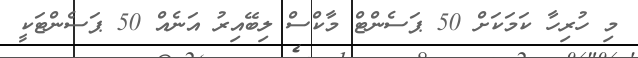
މި ހުރިހާ ކަމަކަށް 50 ޕަސެންޓް މާކްސް ލިބޭއިރު އަނެއް 50 ޕަސެންޓަކީ